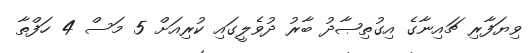
ވިޔަފާރި ޗައިނާގެ އިގުތިޞާދު ބާރު ދުވެލީގައި ކުރިއަށް 5 މަސް 4 ހަފްތާ